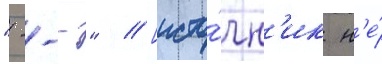
"---" // [исто́чн'ик н'е́